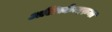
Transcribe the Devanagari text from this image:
अलिस्केन्दरुना